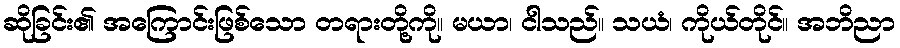
ဆိုခြင်း၏ အကြောင်းဖြစ်သော တရားတို့ကို။ မယာ၊ ငါသည်။ သယံ၊ ကိုယ်တိုင်။ အဘိညာ